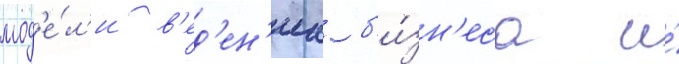
мод'е́л'и в'ед'ен'иа б'и́зн'еса и́